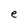
Character: e